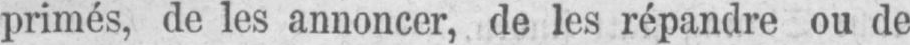
primés, de les annoncer, de les répandre ou de